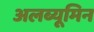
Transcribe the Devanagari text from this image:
अलब्यूमिन